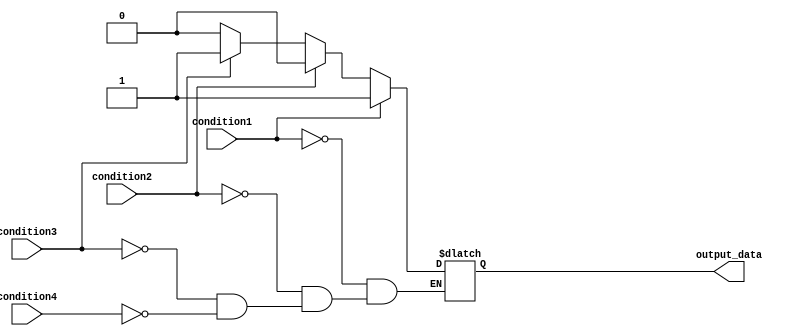
module priority_case_example (
    input wire condition1,
    input wire condition2,
    input wire condition3,
    input wire condition4,
    output reg output_data
);

always @*
begin
    case (1'b1)
        condition1: begin
            // Code block for condition 1
            output_data <= 1'b1;
        end
        
        condition2: begin
            // Code block for condition 2
            output_data <= 1'b0;
        end
        
        condition3: begin
            // Code block for condition 3
            output_data <= 1'b1;
        end
        
        condition4: begin
            // Code block for condition 4
            output_data <= 1'b0;
        end
    endcase
end

endmodule